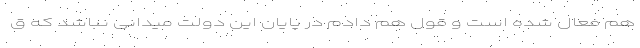
هم فعال شده است و قول هم دادم در پایان این دولت میدانی نباشد که ق